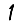
Digit: 1